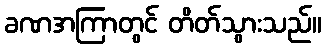
ခဏအကြာတွင် တိတ်သွားသည်။